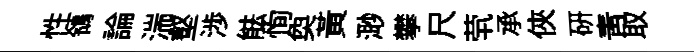
性鴒論湍壑渉䏻恂奐黄𣺌攀尺茕承俠硏青取